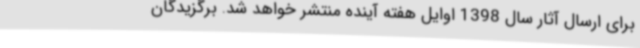
برای ارسال آثار سال 1398 اوایل هفته‌ آینده منتشر خواهد شد. برگزیدگان